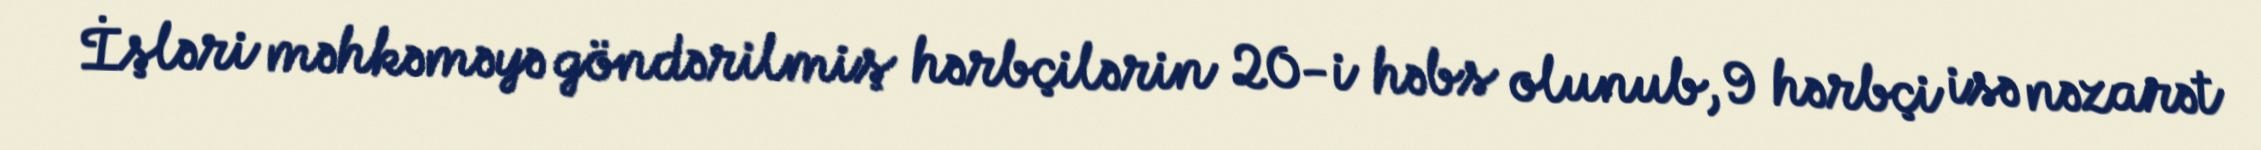
İşləri məhkəməyə göndərilmiş hərbçilərin 20-i həbs olunub, 9 hərbçi isə nəzarət